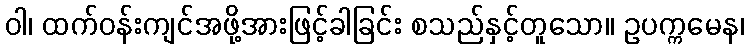
ဝါ၊ ထက်ဝန်းကျင်အဖို့အားဖြင့်ခါခြင်း စသည်နှင့်တူသော။ ဥပက္ကမေန၊